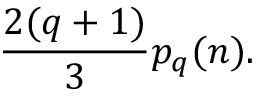
\frac { 2 ( q + 1 ) } { 3 } p _ { q } ( n ) .